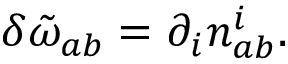
\delta \tilde { \omega } _ { a b } = \partial _ { i } n _ { a b } ^ { i } .